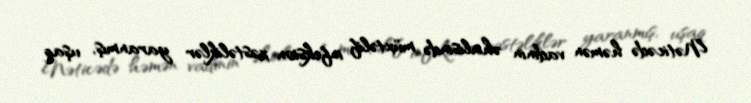
Nəticədə həmən vadinin əhalisində müxtəlif infeksion xəstəliklər yaranmış, uşaq